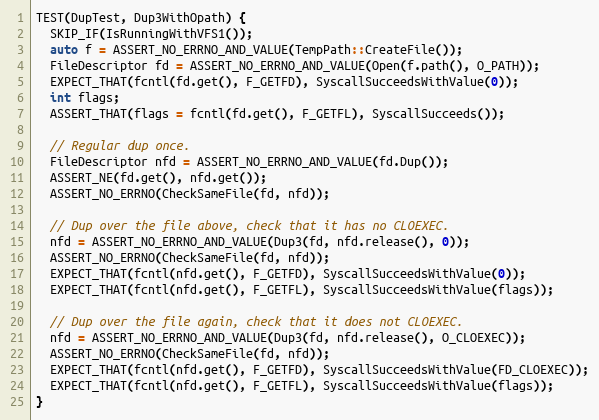
Language: C++
TEST(DupTest, Dup3WithOpath) {
  SKIP_IF(IsRunningWithVFS1());
  auto f = ASSERT_NO_ERRNO_AND_VALUE(TempPath::CreateFile());
  FileDescriptor fd = ASSERT_NO_ERRNO_AND_VALUE(Open(f.path(), O_PATH));
  EXPECT_THAT(fcntl(fd.get(), F_GETFD), SyscallSucceedsWithValue(0));
  int flags;
  ASSERT_THAT(flags = fcntl(fd.get(), F_GETFL), SyscallSucceeds());

  // Regular dup once.
  FileDescriptor nfd = ASSERT_NO_ERRNO_AND_VALUE(fd.Dup());
  ASSERT_NE(fd.get(), nfd.get());
  ASSERT_NO_ERRNO(CheckSameFile(fd, nfd));

  // Dup over the file above, check that it has no CLOEXEC.
  nfd = ASSERT_NO_ERRNO_AND_VALUE(Dup3(fd, nfd.release(), 0));
  ASSERT_NO_ERRNO(CheckSameFile(fd, nfd));
  EXPECT_THAT(fcntl(nfd.get(), F_GETFD), SyscallSucceedsWithValue(0));
  EXPECT_THAT(fcntl(nfd.get(), F_GETFL), SyscallSucceedsWithValue(flags));

  // Dup over the file again, check that it does not CLOEXEC.
  nfd = ASSERT_NO_ERRNO_AND_VALUE(Dup3(fd, nfd.release(), O_CLOEXEC));
  ASSERT_NO_ERRNO(CheckSameFile(fd, nfd));
  EXPECT_THAT(fcntl(nfd.get(), F_GETFD), SyscallSucceedsWithValue(FD_CLOEXEC));
  EXPECT_THAT(fcntl(nfd.get(), F_GETFL), SyscallSucceedsWithValue(flags));
}